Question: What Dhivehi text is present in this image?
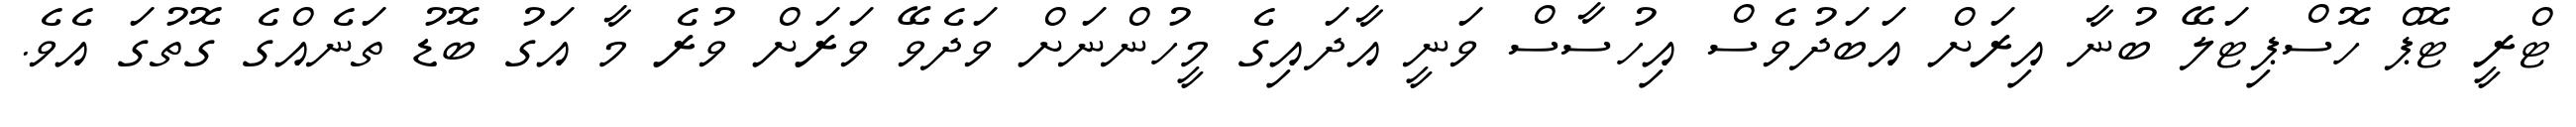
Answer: ޓްރީ ޓޮޕް ހޮސްޕިޓަލޭ ބުނާ އިރަށް އަބަދުވެސް އިހުސާސް ވަނީ އާދައިގެ މީހުންނަށް ވަދެވޭ ވަރަށް ވުރެ މާ އަގު ބޮޑު ތަނެއްގެ ގޮތުގަ އެވެ.